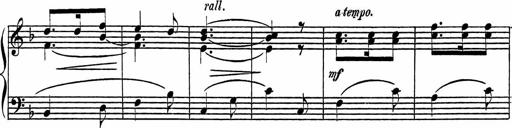
Title: Piano Sonatinas
Composer: Charles Fradel